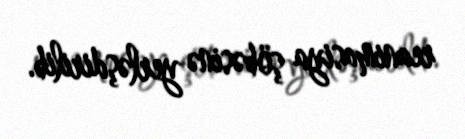
reanimasiya şöbəsinə yerləşdirilib.